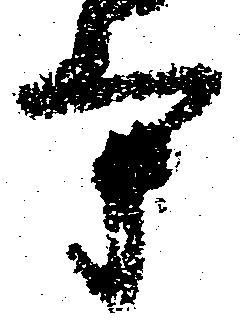
守